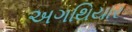
અગથિયાર